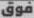
فوق